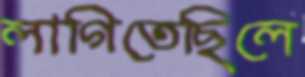
লাগিতেছিলে